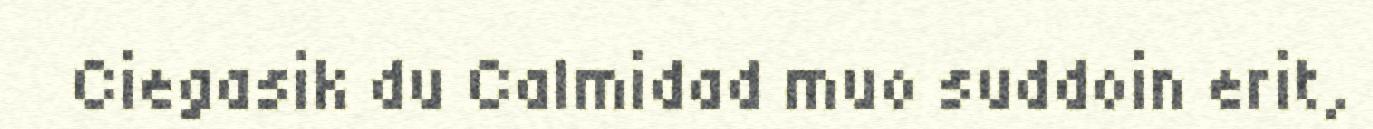
Ciegasik du Calmidad muo suddoin erit,